Indian journal of veterinary science and animal husbandry - Volume 4,
Year: 1934
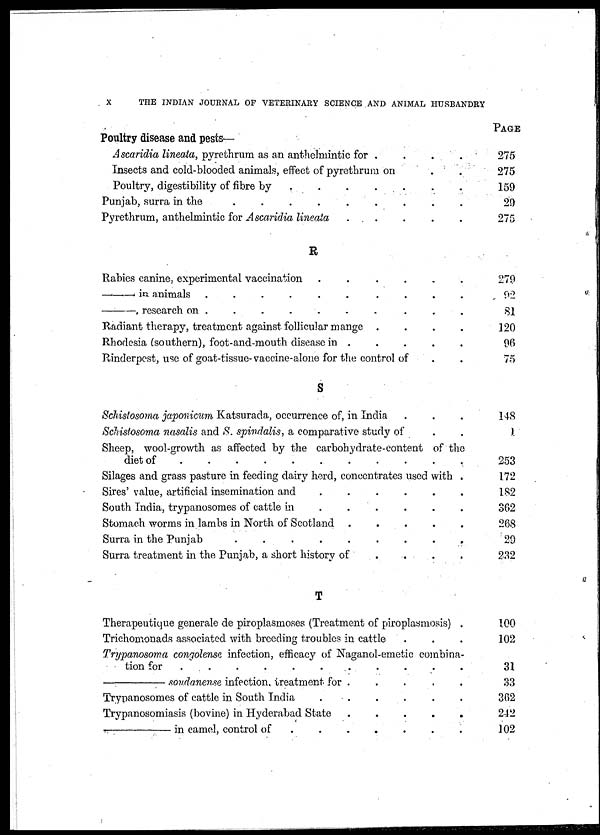
X
THE INDIAN JOURNAL OF VETERINARY SCIENCE AND ANIMAL HUSBANDRY
Poultry disease and pests—
Ascaridia lineata, pyrethrum as an anthelmintic for . . . .
Insects and cold-blooded animals, effect of pyrethrum on . .
Poultry, digestibility of fibre by
.
.
.
.
.
Punjab, surra in the
.
.
.
.
.
.
.
.
Pyrethrum, anthelmintic for Ascaridia lineata
.
.
.
. .
R
Rabies canine, experimental vaccination .
.
.
.
. .
— in animals .
.
.
.
.
.
.
.
.
—,
research on .
.
.
.
.
.
.
Radiant therapy, treatment against follicular mange . . . .
Rhodesia (southern), foot-and-mouth disease in . . . . .
Rinderpest, use of goat-tissue-vaccine-alone for the control of . .
S
Schistosoma japonicum Katsurada, occurrence of, in India . . .
Schistosoma nasalis and S. spindalis, a comparative study of . .
Sheep, wool-growth as affected by the carbohydrate-content of the
diet of
.
.
.
.
.
.
.
.
.
.
Silages and grass pasture in feeding dairy herd, concentrates used with .
Sires' value, artificial insemination and
.
.
.
.
.
South India, trypanosomes of cattle in
.
.
.
.
Stomach worms in lambs in North of Scotland .
.
.
.
Surra in the Punjab
.
.
.
.
.
.
.
.
Surra treatment in the Punjab, a short history of . . . .
T
Therapeutique generale de piroplasmoses (Treatment of piroplasmosis) .
Trichomonads associated with breeding troubles in cattle . . .
Trypanosoma congolense infection, efficacy of Naganol-emetic combina-
tion for
.
.
.
.
.
.
.
.
.
.
.
—
soudanense infection, treatment for .
.
.
.
Trypanosomes of cattle in South India
.
.
.
.
. .
Trypanosomiasis (bovine) in Hyderabad State .
.
.
. .
—in
camel, control of
.
.
.
.
.
. .
PAGE
275
275
159
29
275
279
92
81
120
96
75
148
1
253
172
182
362
268
29
232
100
102
31
33
362
242
102